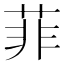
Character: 菲